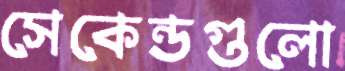
সেকেন্ডগুলো